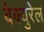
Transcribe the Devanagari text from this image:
बेक्युरेल